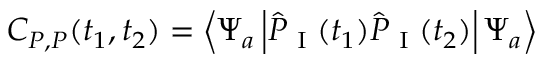
C _ { P , P } ( t _ { 1 } , t _ { 2 } ) = \left\langle \Psi _ { a } \left| \hat { P } _ { \textrm { I } } ( t _ { 1 } ) \hat { P } _ { \textrm { I } } ( t _ { 2 } ) \right| \Psi _ { a } \right\rangle